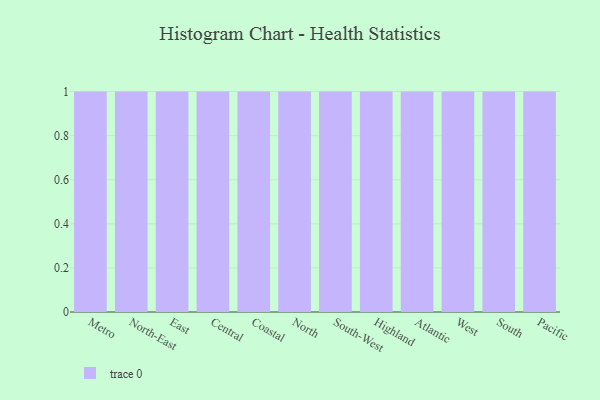
{"axis": {"x": "Region", "y": "Operating Costs (USD K)"}, "legend": [""], "data": [{"x": "Metro", "y": 18, "type": ""}, {"x": "North-East", "y": 34, "type": ""}, {"x": "East", "y": 2, "type": ""}, {"x": "Central", "y": 23, "type": ""}, {"x": "Coastal", "y": 55, "type": ""}, {"x": "North", "y": 75, "type": ""}, {"x": "South-West", "y": 35, "type": ""}, {"x": "Highland", "y": 43, "type": ""}, {"x": "Atlantic", "y": 71, "type": ""}, {"x": "West", "y": 76, "type": ""}, {"x": "South", "y": 77, "type": ""}, {"x": "Pacific", "y": 45, "type": ""}]}